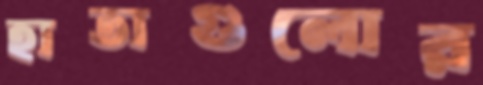
হাতাগুলোর